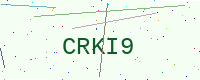
Text: CRKI9